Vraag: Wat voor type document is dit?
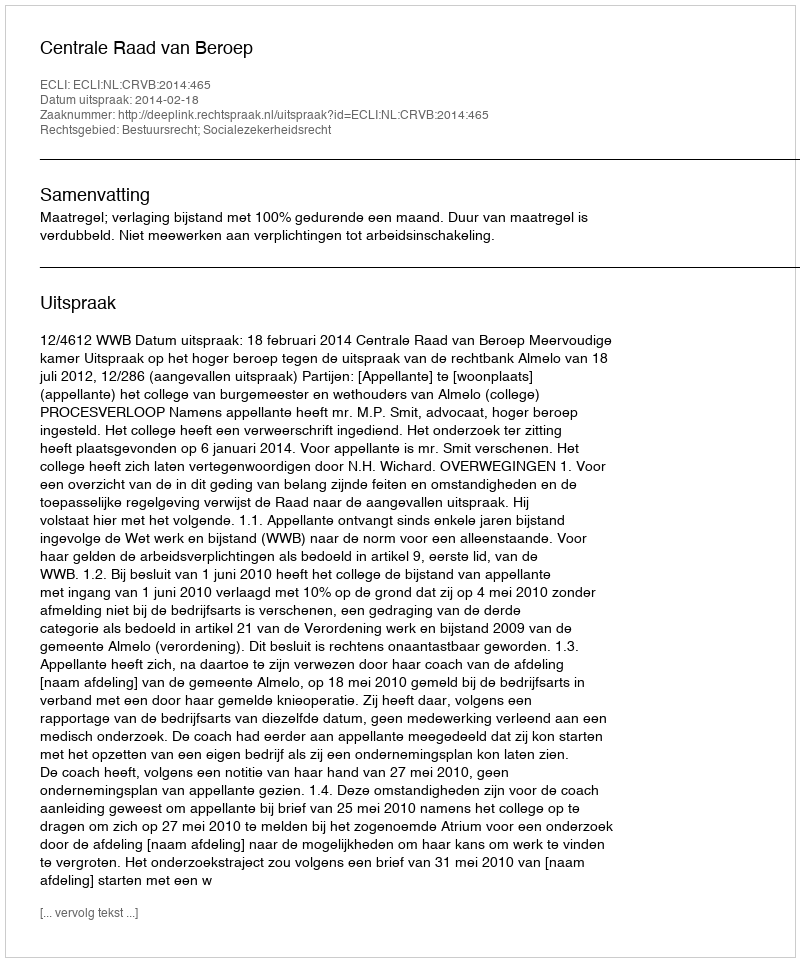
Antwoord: Uitspraak